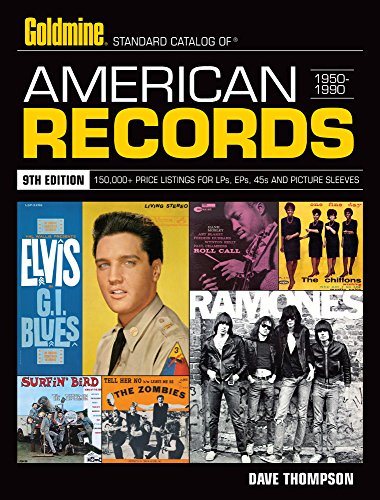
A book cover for Standard Catalog of American Records; Dave Thompson; Crafts, Hobbies & Home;